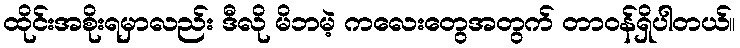
ထိုင်းအစိုးရမှာလည်း ဒီလို မိဘမဲ့ ကလေးတွေအတွက် တာဝန်ရှိပါတယ်။